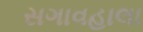
સગાવહાલા